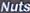
Nuts